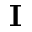
\mathbf { I }